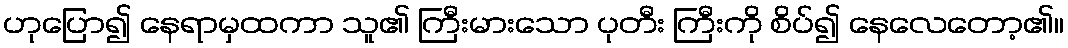
ဟုပြော၍ နေရာမှထကာ သူ၏ ကြီးမားသော ပုတီး ကြီးကို စိပ်၍ နေလေတော့၏။